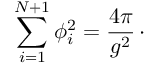
\sum _ { i = 1 } ^ { N + 1 } \phi _ { i } ^ { 2 } = { \frac { 4 \pi } { g ^ { 2 } } } \, \cdotp